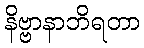
နိဗ္ဗာနာဘိရတာ